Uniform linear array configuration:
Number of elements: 4
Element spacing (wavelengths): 1
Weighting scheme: exponential
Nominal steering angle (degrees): -60
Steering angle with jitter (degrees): -59.217
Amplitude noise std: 0.05
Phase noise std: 0.05

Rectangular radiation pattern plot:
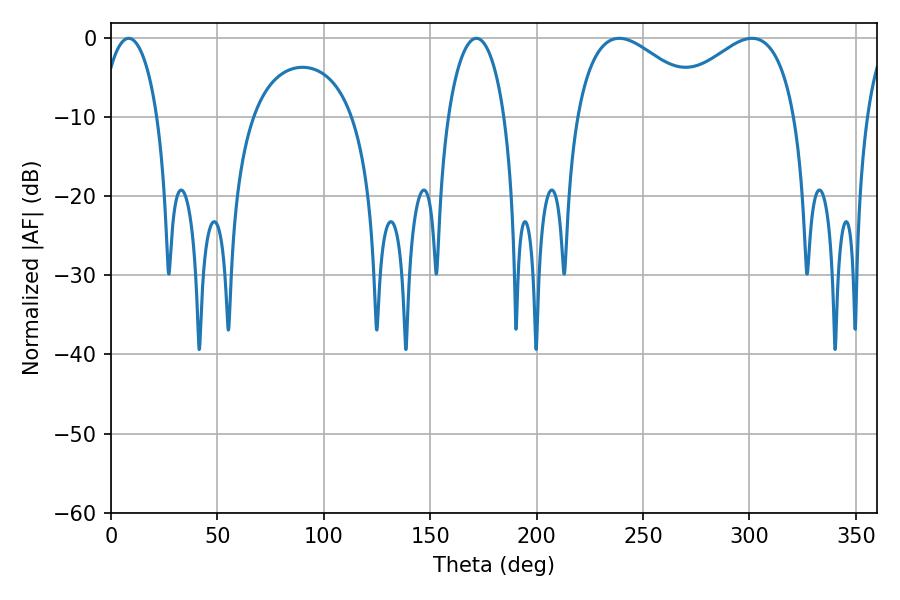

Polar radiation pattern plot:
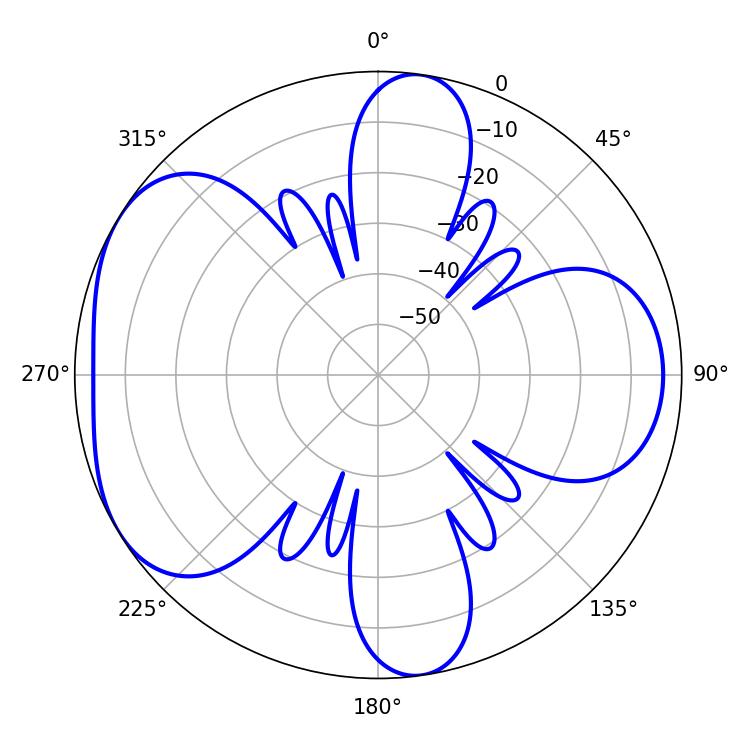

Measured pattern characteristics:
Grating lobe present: TRUE
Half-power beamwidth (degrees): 34.38
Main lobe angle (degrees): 238.86